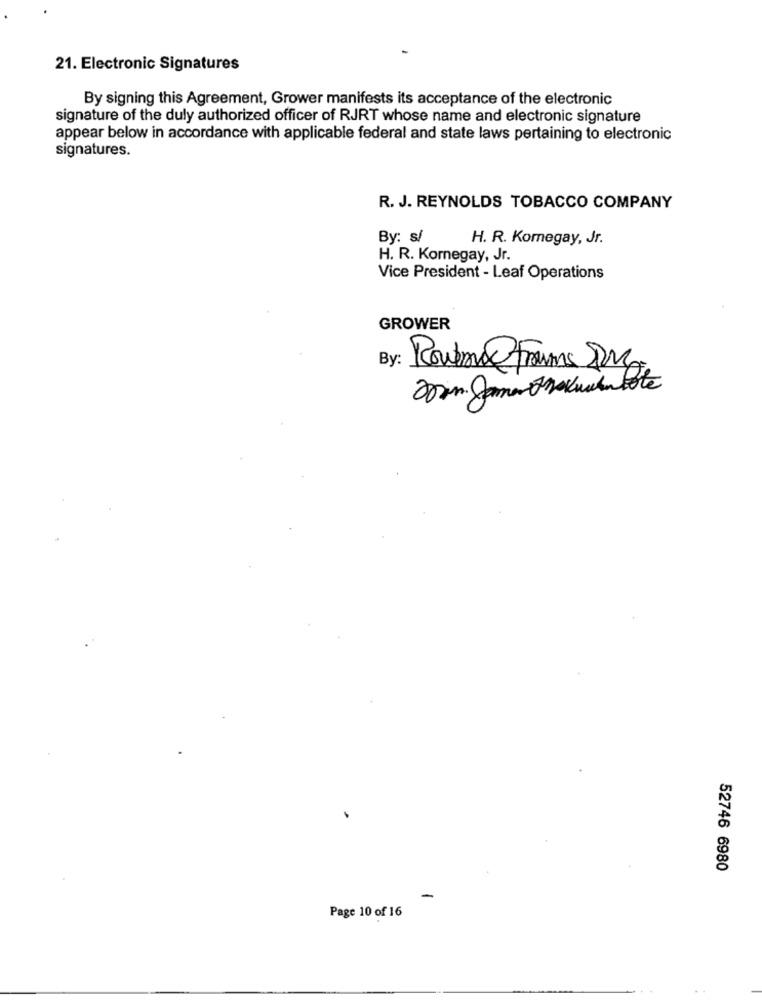
21. Electronic Signatures
By signing this Agreement, Grower manifests its acceptance of the electronic
signature of the duly authorized officer of RJRT whose name and electronic signature
appear below in accordance with applicable federal and state laws pertaining to electronic
signatures.
R. J. REYNOLDS TOBACCO COMPANY
By: s/
H. R. Koregay, Jr.
H. R. Kornegay, Jr.
Vice President - Leaf Operations
GROWER
By:
RoutemaFraums Dag
52746 6980
Page 10 of 16
.